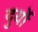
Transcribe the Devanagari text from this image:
दुर्यो